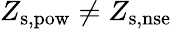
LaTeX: Z_{\mathrm{s,pow}}\ne Z_{\mathrm{s,nse}}